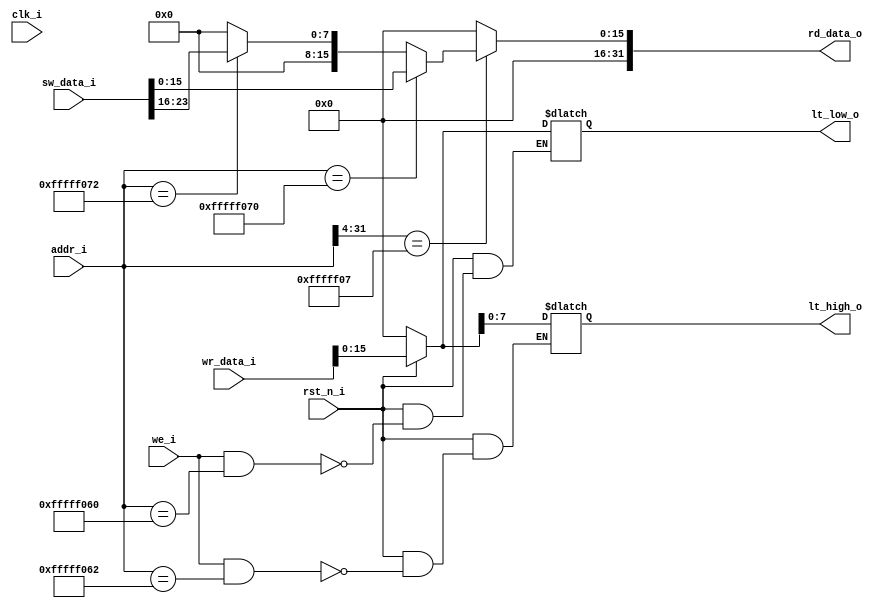
`timescale 1ns / 1ps


module IO(
    input               clk_i,
    input               rst_n_i,
    input       [31:0]  addr_i,
    input               we_i,
    input       [31:0]  wr_data_i,
    input       [23:0]  sw_data_i,
    output      [31:0]  rd_data_o,
    output      [7:0]   lt_high_o,
    output      [15:0]  lt_low_o
    );
    wire [31:0] sw_data;
    wire [31:0] sw_high;
    wire [31:0] sw_low;
    reg [31:0] lt_high;
    reg [31:0] lt_low;
    
    assign sw_high = {24'h0, sw_data_i[23:16]};
    assign sw_low = {8'h0, sw_data_i[15:0]};
    assign sw_data = (addr_i[31:0] == 32'hFFFFF070) ?   sw_low : 
                     (addr_i[31:0] == 32'hFFFFF072) ?   sw_high : 
                                                        32'h0;
    assign rd_data_o = (addr_i[31:4] == 28'hFFFFF07) ?  sw_data :
                                                        32'h0;
    
    always @ (*) begin
        if (~rst_n_i) lt_high = 32'h0;
        else if (we_i && (addr_i[31:0] == 32'hFFFFF062)) lt_high = wr_data_i;
        else;
    end
    always @ (*) begin
        if (~rst_n_i) lt_low = 32'h0;
        else if (we_i && (addr_i[31:0] == 32'hFFFFF060)) lt_low = wr_data_i;
        else;
    end
    
    assign lt_high_o = lt_high[7:0];
    assign lt_low_o = lt_low[15:0];
endmodule